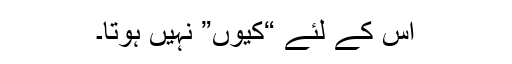
اس کے لئے “کیوں” نہیں ہوتا۔